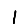
Digit: 1